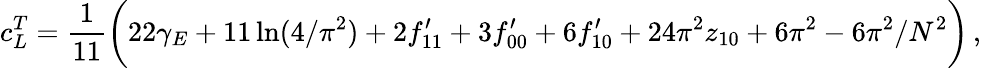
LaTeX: c_{L}^{T}={\frac{1}{11}}\biggl(22\gamma_{E}+11\ln(4/\pi^{2})+2f_{11}^{\prime}+3f_{00}^{\prime}+6f_{10}^{\prime}+24\pi^{2}z_{10}+6\pi^{2}-6\pi^{2}/N^{2}\biggr)\, ,